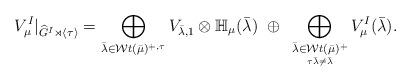
LaTeX: \begin{align*} V_\mu^I|_{\widehat{G}^I \rtimes \langle \tau \rangle} = \bigoplus_{\bar{\lambda} \in {\mathcal Wt}(\bar{\mu})^{+, \tau}} V_{\bar{\lambda}, 1} \otimes {\mathbb H}_\mu(\bar{\lambda}) ~\oplus ~ \bigoplus_{\underset{\tau\bar{\lambda} \neq \bar{\lambda}}{\bar{\lambda} \in {\mathcal Wt}(\bar{\mu})^+}} V^I_\mu(\bar{\lambda}).\end{align*}